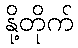
နို့တိုက်